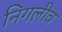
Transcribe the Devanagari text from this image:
निगलीव